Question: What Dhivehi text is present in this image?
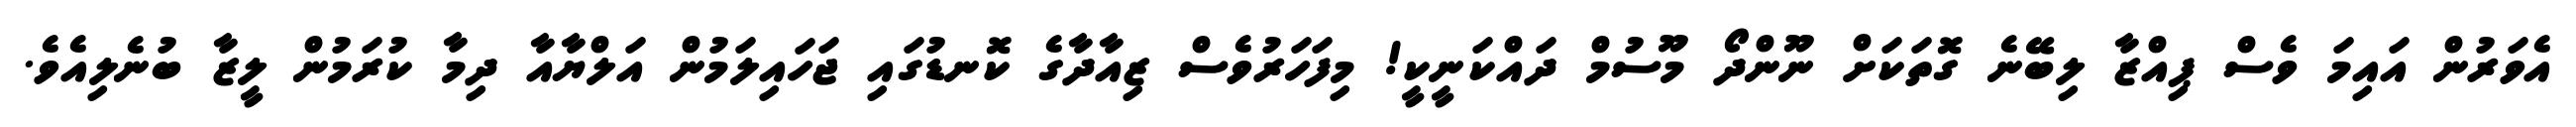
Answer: އެވަރުން އައިމަ ވެސް ޕިއްޒާ ލިބޭނެ ގޮތަކަށް ނޫންދޯ މޫސުމް ދައްކަނީކީ! މިފަހަރުވެސް ޒިއާދާގެ ކޮނޑުގައި ޖަހައިލަމުން އަލްޔާއާ ދިމާ ކުރަމުން ލީޒާ ބުނެލިއެވެ.